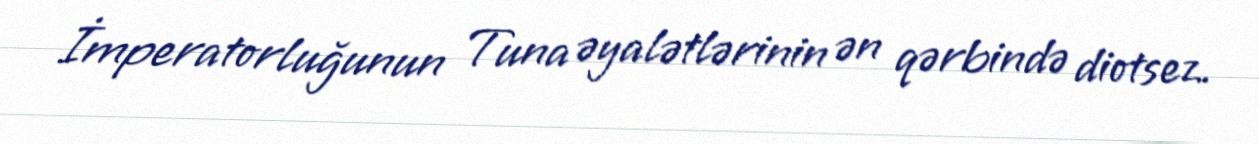
İmperatorluğunun Tuna əyalətlərinin ən qərbində diotsez.